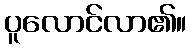
ပူလောင်လာ၏။